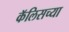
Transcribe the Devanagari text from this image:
कॅलिसच्या